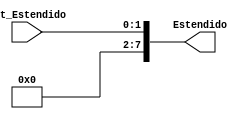
/*
Implementao em Verilog dos componentes do nRisc que armazenam estado.
Aluno: Alexandre Roque.
Disciplina: Arquitetura e Organizao de Computadores.
Professor: Mateus Felipe Tymburib Ferreira.
*/

module Extensor2to8 (Not_Estendido, Estendido);
	input  [1:0] Not_Estendido;
	output [7:0] Estendido;
	assign Estendido = Not_Estendido;
endmodule